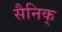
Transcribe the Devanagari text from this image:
सैनिक्